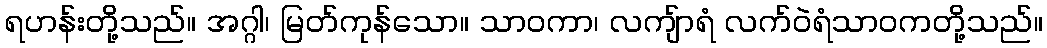
ရဟန်းတို့သည်။ အဂ္ဂါ၊ မြတ်ကုန်သော။ သာဝကာ၊ လကျ်ာရံ လက်ဝဲရံသာဝကတို့သည်။